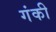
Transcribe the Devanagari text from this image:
गंकी